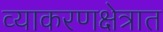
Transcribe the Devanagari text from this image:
व्याकरणक्षेत्रात